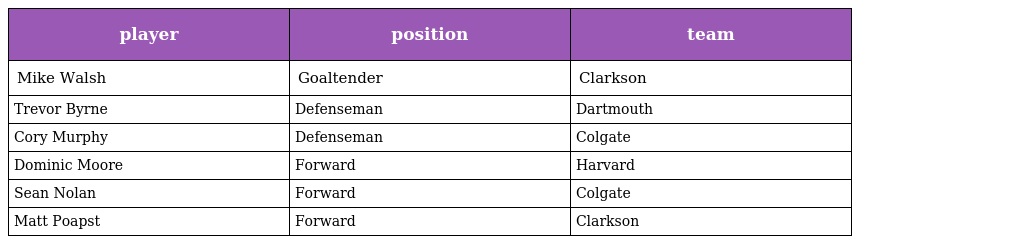
| player | position | team |
 | --- | --- | --- |
 | Mike Walsh | Goaltender | Clarkson |
 | Trevor Byrne | Defenseman | Dartmouth |
 | Cory Murphy | Defenseman | Colgate |
 | Dominic Moore | Forward | Harvard |
 | Sean Nolan | Forward | Colgate |
 | Matt Poapst | Forward | Clarkson |